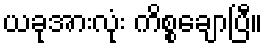
ယခုအားလုံး ကိစ္စချောပြီ။